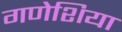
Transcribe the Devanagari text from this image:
गणेशिया